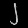
Digit: ၂